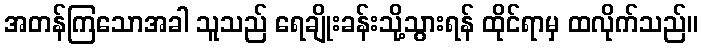
အတန်ကြသောအခါ သူသည် ရေချိုးခန်းသို့သွားရန် ထိုင်ရာမှ ထလိုက်သည်။